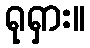
ရုရှား။